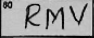
Transcription: RMV